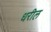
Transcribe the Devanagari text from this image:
धरील